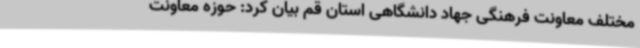
مختلف معاونت فرهنگی جهاد دانشگاهی استان قم بیان کرد: حوزه معاونت